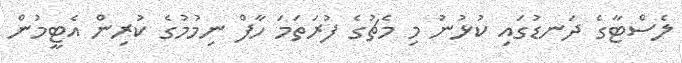
ލެސްޓާގެ ދަނޑުގައި ކުޅުނު މި މެޗުގެ ފުރަތަމަ ހާފް ނިމުމުގެ ކުރިން އެޓީމުން